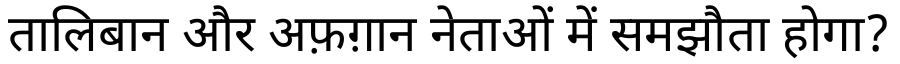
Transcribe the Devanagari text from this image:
तालिबान और अफ़ग़ान नेताओं में समझौता होगा?